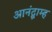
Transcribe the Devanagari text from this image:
आनंद्ब्राम्ह